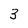
Character: 3